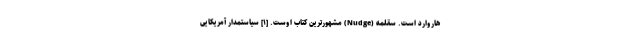
هاروارد است. سقلمه (Nudge) مشهورترین کتاب اوست. [۱] سیاستمدار آمریکایی